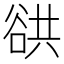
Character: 谼